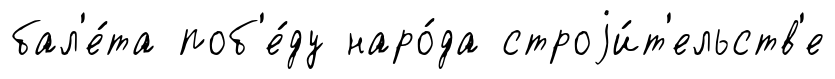
бал'е́та поб'е́ду наро́да строjи́т'ельств'е